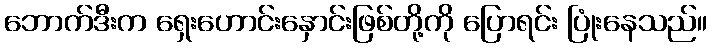
ဘောက်ဒီးက ရှေးဟောင်းနှောင်းဖြစ်တို့ကို ပြောရင်း ပြုံးနေသည်။